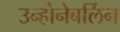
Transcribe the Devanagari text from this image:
उन्होनेबर्लिन